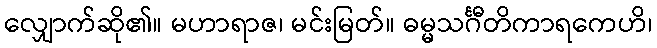
လျှောက်ဆို၏။ မဟာရာဇ၊ မင်းမြတ်။ ဓမ္မသင်္ဂီတိကာရကေဟိ၊